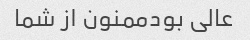
عالی بودممنون از شما